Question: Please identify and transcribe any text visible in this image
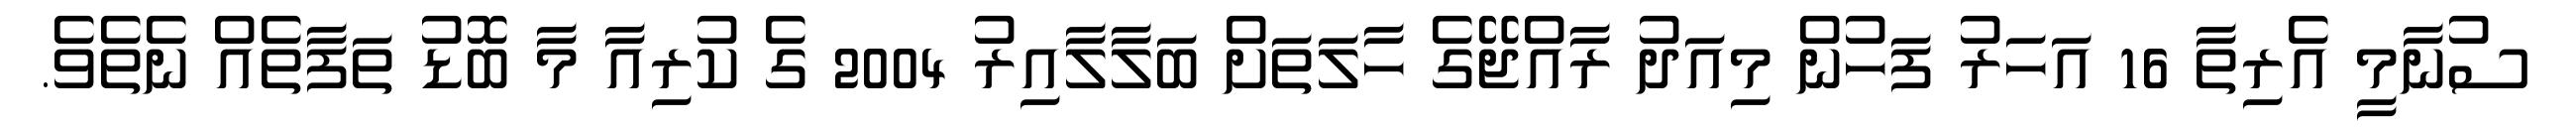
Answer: ސުނާމީ އެރިތާ 16 އަހަރު ފަހުން މިއަދު ރާއްޖޭގެ ހާލަތަށް ބަލާލާއިރު 2004 ގެ ކުރިއާ މާ ބޮޑު ތަފާތެއް ނެތެވެ.